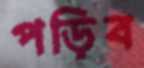
পড়িব